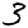
Digit: 3